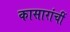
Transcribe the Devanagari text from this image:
कासारांचीं